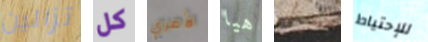
تزالين كل لأمري هيا لست للإحتياط